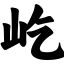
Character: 屹